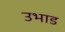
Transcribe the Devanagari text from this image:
उभाड